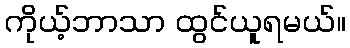
ကိုယ့်ဘာသာ ထွင်ယူရမယ်။